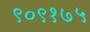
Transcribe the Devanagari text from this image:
९०९१७५